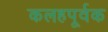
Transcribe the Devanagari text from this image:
कलहपूर्वक